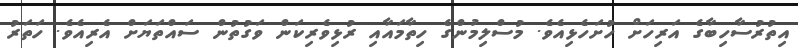
އިތުރުސާހިބާގެ އަރިހަށް ހުށަހެޅިއެވެ. މުސްލިމުންގެ ހިތާމައާއި ރުޅިވެރިކަން ވަގުތުން ސައްތަޔަށް އެރިއެވެ. ހަތަރު